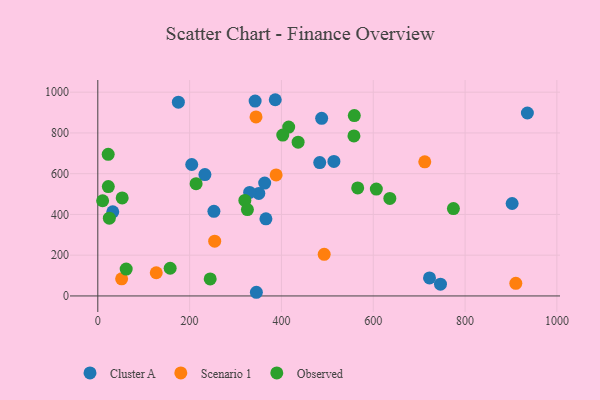
{"axis": {"x": "Investment", "y": "Exam Score"}, "legend": ["Cluster A", "Observed", "Scenario 1"], "data": [{"x": "902.5", "y": 453.8, "type": "Cluster A"}, {"x": "366.2", "y": 378.6, "type": "Cluster A"}, {"x": "32.6", "y": 412.7, "type": "Cluster A"}, {"x": "350.7", "y": 503.3, "type": "Cluster A"}, {"x": "483.4", "y": 654.4, "type": "Cluster A"}, {"x": "363.5", "y": 553.9, "type": "Cluster A"}, {"x": "342.7", "y": 956.2, "type": "Cluster A"}, {"x": "746.4", "y": 57.8, "type": "Cluster A"}, {"x": "345.4", "y": 18.0, "type": "Cluster A"}, {"x": "204.6", "y": 645.0, "type": "Cluster A"}, {"x": "252.9", "y": 415.4, "type": "Cluster A"}, {"x": "722.5", "y": 88.4, "type": "Cluster A"}, {"x": "935.7", "y": 897.9, "type": "Cluster A"}, {"x": "487.6", "y": 871.5, "type": "Cluster A"}, {"x": "386.5", "y": 963.0, "type": "Cluster A"}, {"x": "514.3", "y": 660.0, "type": "Cluster A"}, {"x": "330.7", "y": 508.1, "type": "Cluster A"}, {"x": "233.3", "y": 595.5, "type": "Cluster A"}, {"x": "175.5", "y": 951.1, "type": "Cluster A"}, {"x": "493.1", "y": 204.1, "type": "Scenario 1"}, {"x": "712.2", "y": 658.2, "type": "Scenario 1"}, {"x": "388.4", "y": 593.9, "type": "Scenario 1"}, {"x": "127.3", "y": 113.8, "type": "Scenario 1"}, {"x": "51.9", "y": 84.0, "type": "Scenario 1"}, {"x": "344.6", "y": 878.6, "type": "Scenario 1"}, {"x": "910.5", "y": 61.8, "type": "Scenario 1"}, {"x": "254.6", "y": 268.9, "type": "Scenario 1"}, {"x": "636.1", "y": 478.5, "type": "Observed"}, {"x": "320.3", "y": 469.0, "type": "Observed"}, {"x": "244.8", "y": 83.4, "type": "Observed"}, {"x": "415.8", "y": 828.7, "type": "Observed"}, {"x": "214.1", "y": 551.0, "type": "Observed"}, {"x": "22.6", "y": 694.9, "type": "Observed"}, {"x": "325.9", "y": 423.7, "type": "Observed"}, {"x": "61.8", "y": 131.7, "type": "Observed"}, {"x": "436.3", "y": 754.7, "type": "Observed"}, {"x": "566.1", "y": 530.1, "type": "Observed"}, {"x": "558.7", "y": 885.1, "type": "Observed"}, {"x": "10.5", "y": 467.1, "type": "Observed"}, {"x": "53.1", "y": 481.2, "type": "Observed"}, {"x": "22.9", "y": 537.0, "type": "Observed"}, {"x": "25.1", "y": 381.5, "type": "Observed"}, {"x": "606.7", "y": 524.4, "type": "Observed"}, {"x": "774.6", "y": 429.0, "type": "Observed"}, {"x": "402.9", "y": 789.6, "type": "Observed"}, {"x": "557.9", "y": 785.4, "type": "Observed"}, {"x": "157.6", "y": 135.8, "type": "Observed"}]}